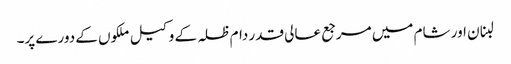
لبنان اور شام میں مرجع عالی قدر دام ظلہ کے وکیل ملکوں کے دورے پر۔